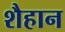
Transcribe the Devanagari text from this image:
शैहान